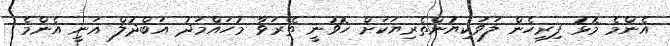
އެންމެ މޮޅު ފިރިހެން ލަވަކިޔުންތެރިޔަކަށް ހޮވުނީ ތޭރަވާ މުހައްމަދު އަބްދުލް ޣަނީ އެންމެ